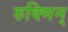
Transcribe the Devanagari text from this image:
रुक्मिन्‌